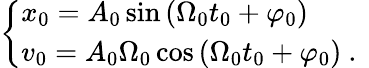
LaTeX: \left\{ \begin{array}{l}{x_{0}=A_{0}\sin\left(\Omega_{0}t_{0}+\varphi_{0}\right)}\\ {v_{0}=A_{0}\Omega_{0}\cos\left(\Omega_{0}t_{0}+\varphi_{0}\right)\mathrm{~.~}}\end{array}\right.